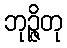
ဘုဉ္ဇိတု